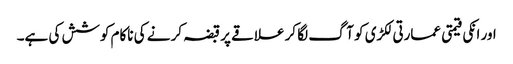
اور انکی قیمتی عمارتی لکڑی کو آگ لگا کر علاقے پر قبضہ کر نے کی ناکام کوشش کی ہے۔